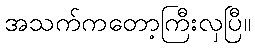
အသက်ကတော့ကြီးလှပြီ။